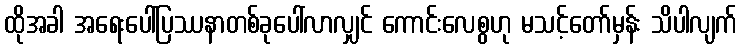
ထိုအခါ အရေးပေါ်ပြဿနာတစ်ခုပေါ်လာလျှင် ကောင်းလေစွဟု မသင့်တော်မှန်း သိပါလျက်